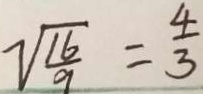
\sqrt { \frac { 1 6 } { 9 } } = \frac { 4 } { 3 }